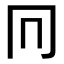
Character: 𠔽